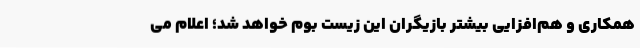
همکاری و هم‌افزایی بیشتر بازیگران این زیست بوم خواهد شد؛ اعلام می